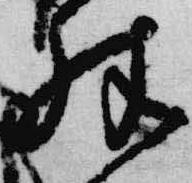
殊